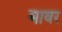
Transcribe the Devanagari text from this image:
मावर